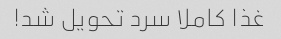
غذا کاملا سرد تحویل شد!